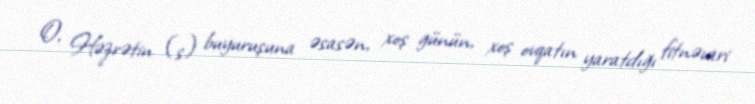
O, Həzrətin (s) buyuruşuna əsasən, xoş günün, xoş ovqatın yaratdığı fitnəvari